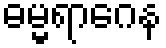
ဓမ္မရာဂေန